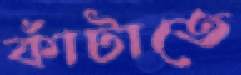
কাঁটাতে